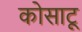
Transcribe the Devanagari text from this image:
कोसाटू